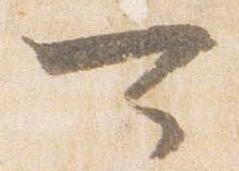
可